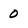
Character: 0